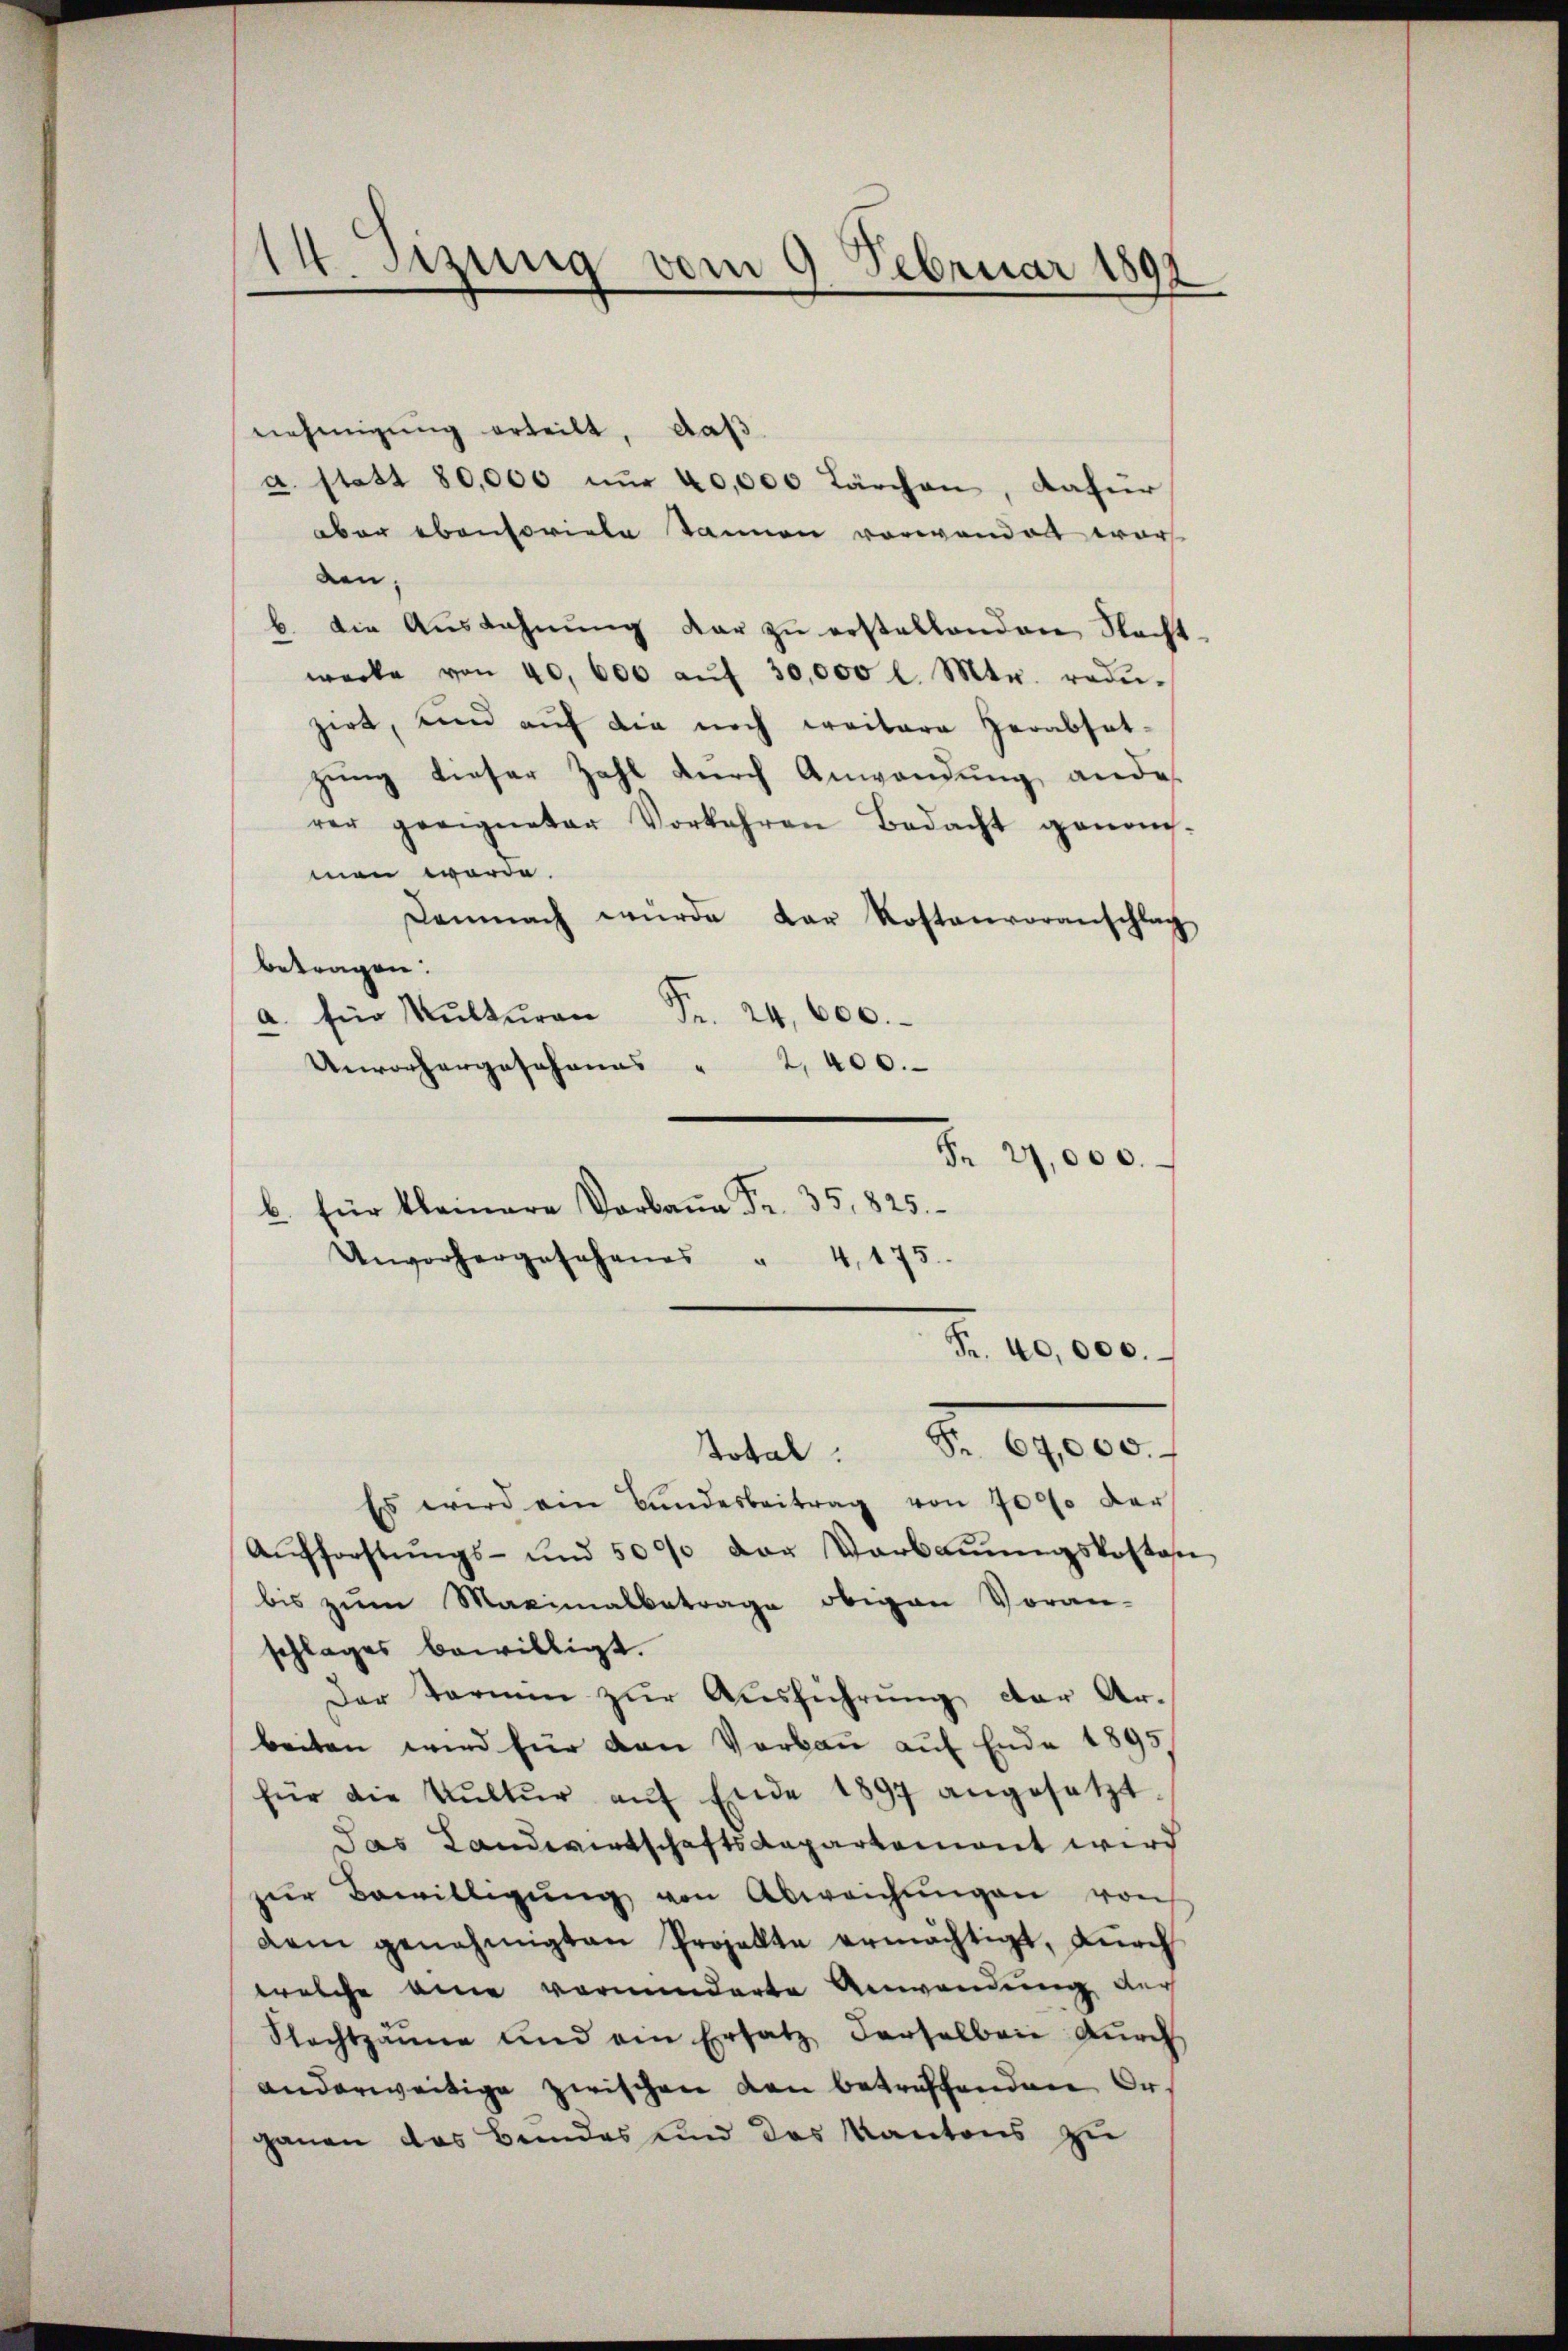
14. Setzung vom 9. Februar 1899

nehmigung erteilt, daß
a. statt 80,000 nŭr 40,000 Lärchen, dafür
aber ebensoviele Tannen vorwandet wor
den.
b. Die Aŭslahnŭng dar zŭ erstellenden Nacht-
werke von 40, 600 aŭf 30,000 l. Mtr. redŭ-
zirt, und auf die noch weitere Herabsat-
zung dieser Zahl durch Anwendung andes
rer geeigneter Vorkehren Bedacht genom-
men werde.
Demnach würde der Kostenvoranschlag
betragen:
a. für Kulturen Fr. 24,600.
Unvorhergosohanns " 2,400.
b. für kleinere Verbann Fr. 35, 825.
Unvorhergesehenes " 4, 175.
Fr. 40,000.
titel. S. 19000.
Es wird ein Bundesbeitrag von 7000 der
Aŭfforstŭngs- und 5000 der Verbaŭŭngskosten
bis zum Maximalbetrage obigen Voran-
schlages bewilligt.
Der Termin zŭr Aŭsführung der Ar-
beiten wird für den Vorbau auf Ende 1895/
für die Kultŭr aŭf Ende 1897 angesetzt.
das Landwirtschaftsdepartemont wird
zŭr Bewilligŭng von Abweichŭngen von
dem genehmigten Projekte ermächtigt, durch
welche eine verminderte Anwendung der
Nachtanne und ein Ersatz derselben durch
anderweitige zwischen den betreffenden Organen das Beindes und des Kantons zu

Fr. 27,000.